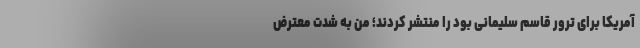
آمریکا برای ترور قاسم سلیمانی بود را منتشر کردند؛ من به شدت معترض